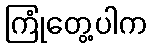
ကြုံတွေ့ပါက